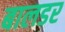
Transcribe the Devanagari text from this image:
बालडर